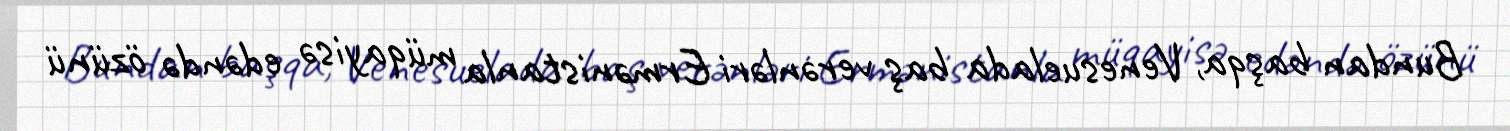
Bundan başqa, Venesuelada baş verənləri Ermənistanla müqayisə edəndə özünü